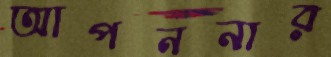
আপননার